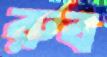
রুব